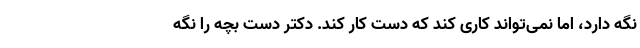
نگه دارد، اما نمی‌تواند کاری کند که دست کار کند. دکتر دست بچه را نگه